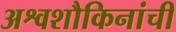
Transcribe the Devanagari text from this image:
अश्वशौकिनांची